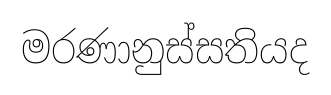
මරණානුස්සතියද